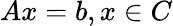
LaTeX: Ax=b,x\in C